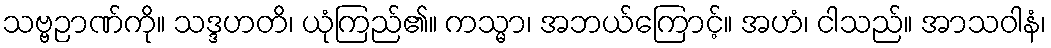
သဗ္ဗဉာဏ်ကို။ သဒ္ဒဟတိ၊ ယုံကြည်၏။ ကသ္မာ၊ အဘယ်ကြောင့်။ အဟံ၊ ငါသည်။ အာသဝါနံ၊